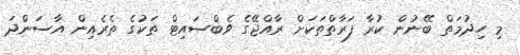
މި ހިދުމަތް ބޭނުން ކުރާ ފަރާތްތަކަށް ރާއްޖޭގެ ވެބްސައިޓް ތަކުގެ ތެރެއިން އާސަންދަ